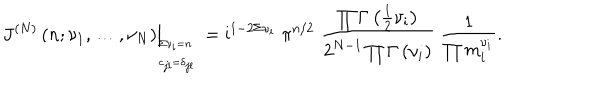
\left. \; J ^ { ( N ) } \left( n ; \nu _ { 1 } , \ldots , \nu _ { N } \right) \right| _ { \begin{array} { l } { { { } _ { \! \! \Sigma \nu _ { i } = n } } } \\ { { { } ^ { \! \! c _ { j l } = \delta _ { j l } } } } \\ \end{array} } = \mathrm { i } ^ { 1 - 2 \Sigma \nu _ { i } } \; \pi ^ { n / 2 } \; \frac { \prod \Gamma \left( { \textstyle { \frac { 1 } { 2 } } } \nu _ { i } \right) } { 2 ^ { N - 1 } \prod \Gamma \left( \nu _ { i } \right) } \; \frac { 1 } { \prod m _ { i } ^ { \nu _ { i } } } .